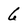
Character: 6